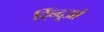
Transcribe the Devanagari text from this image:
दिँन्दूओ